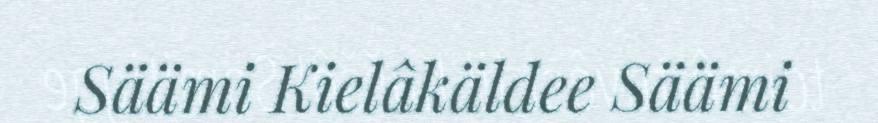
Säämi Kielâkäldee Säämi